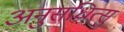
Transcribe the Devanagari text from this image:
अनुसंधित्सु